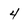
Character: 4